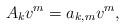
LaTeX: \begin{align*} A_kv^m=a_{k,m}v^m,\end{align*}